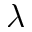
\lambda